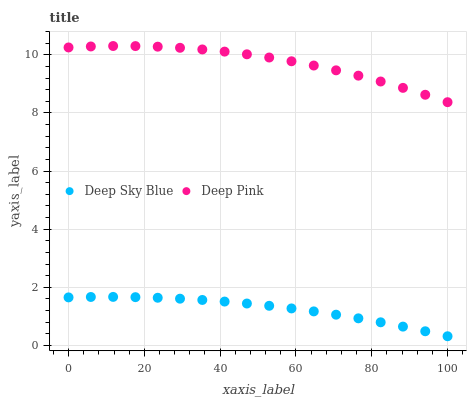
| xaxis_label | Deep Sky Blue | Deep Pink |
 | --- | --- | --- |
 | 0 | 1.65 | 10.3 |
 | 5.88 | 1.67 | 10.3 |
 | 11.8 | 1.67 | 10.3 |
 | 17.6 | 1.66 | 10.3 |
 | 23.5 | 1.64 | 10.3 |
 | 29.4 | 1.61 | 10.2 |
 | 35.3 | 1.57 | 10.2 |
 | 41.2 | 1.51 | 10.1 |
 | 47.1 | 1.44 | 10 |
 | 52.9 | 1.36 | 9.9 |
 | 58.8 | 1.27 | 9.78 |
 | 64.7 | 1.17 | 9.63 |
 | 70.6 | 1.06 | 9.46 |
 | 76.5 | 0.933 | 9.28 |
 | 82.4 | 0.797 | 9.08 |
 | 88.2 | 0.648 | 8.86 |
 | 94.1 | 0.488 | 8.62 |
 | 100 | 0.317 | 8.37 |